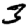
Digit: 3